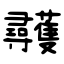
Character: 彠